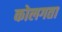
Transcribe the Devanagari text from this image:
कोलगता